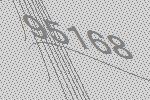
95168